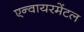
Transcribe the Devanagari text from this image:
एन्वायरमेंटल